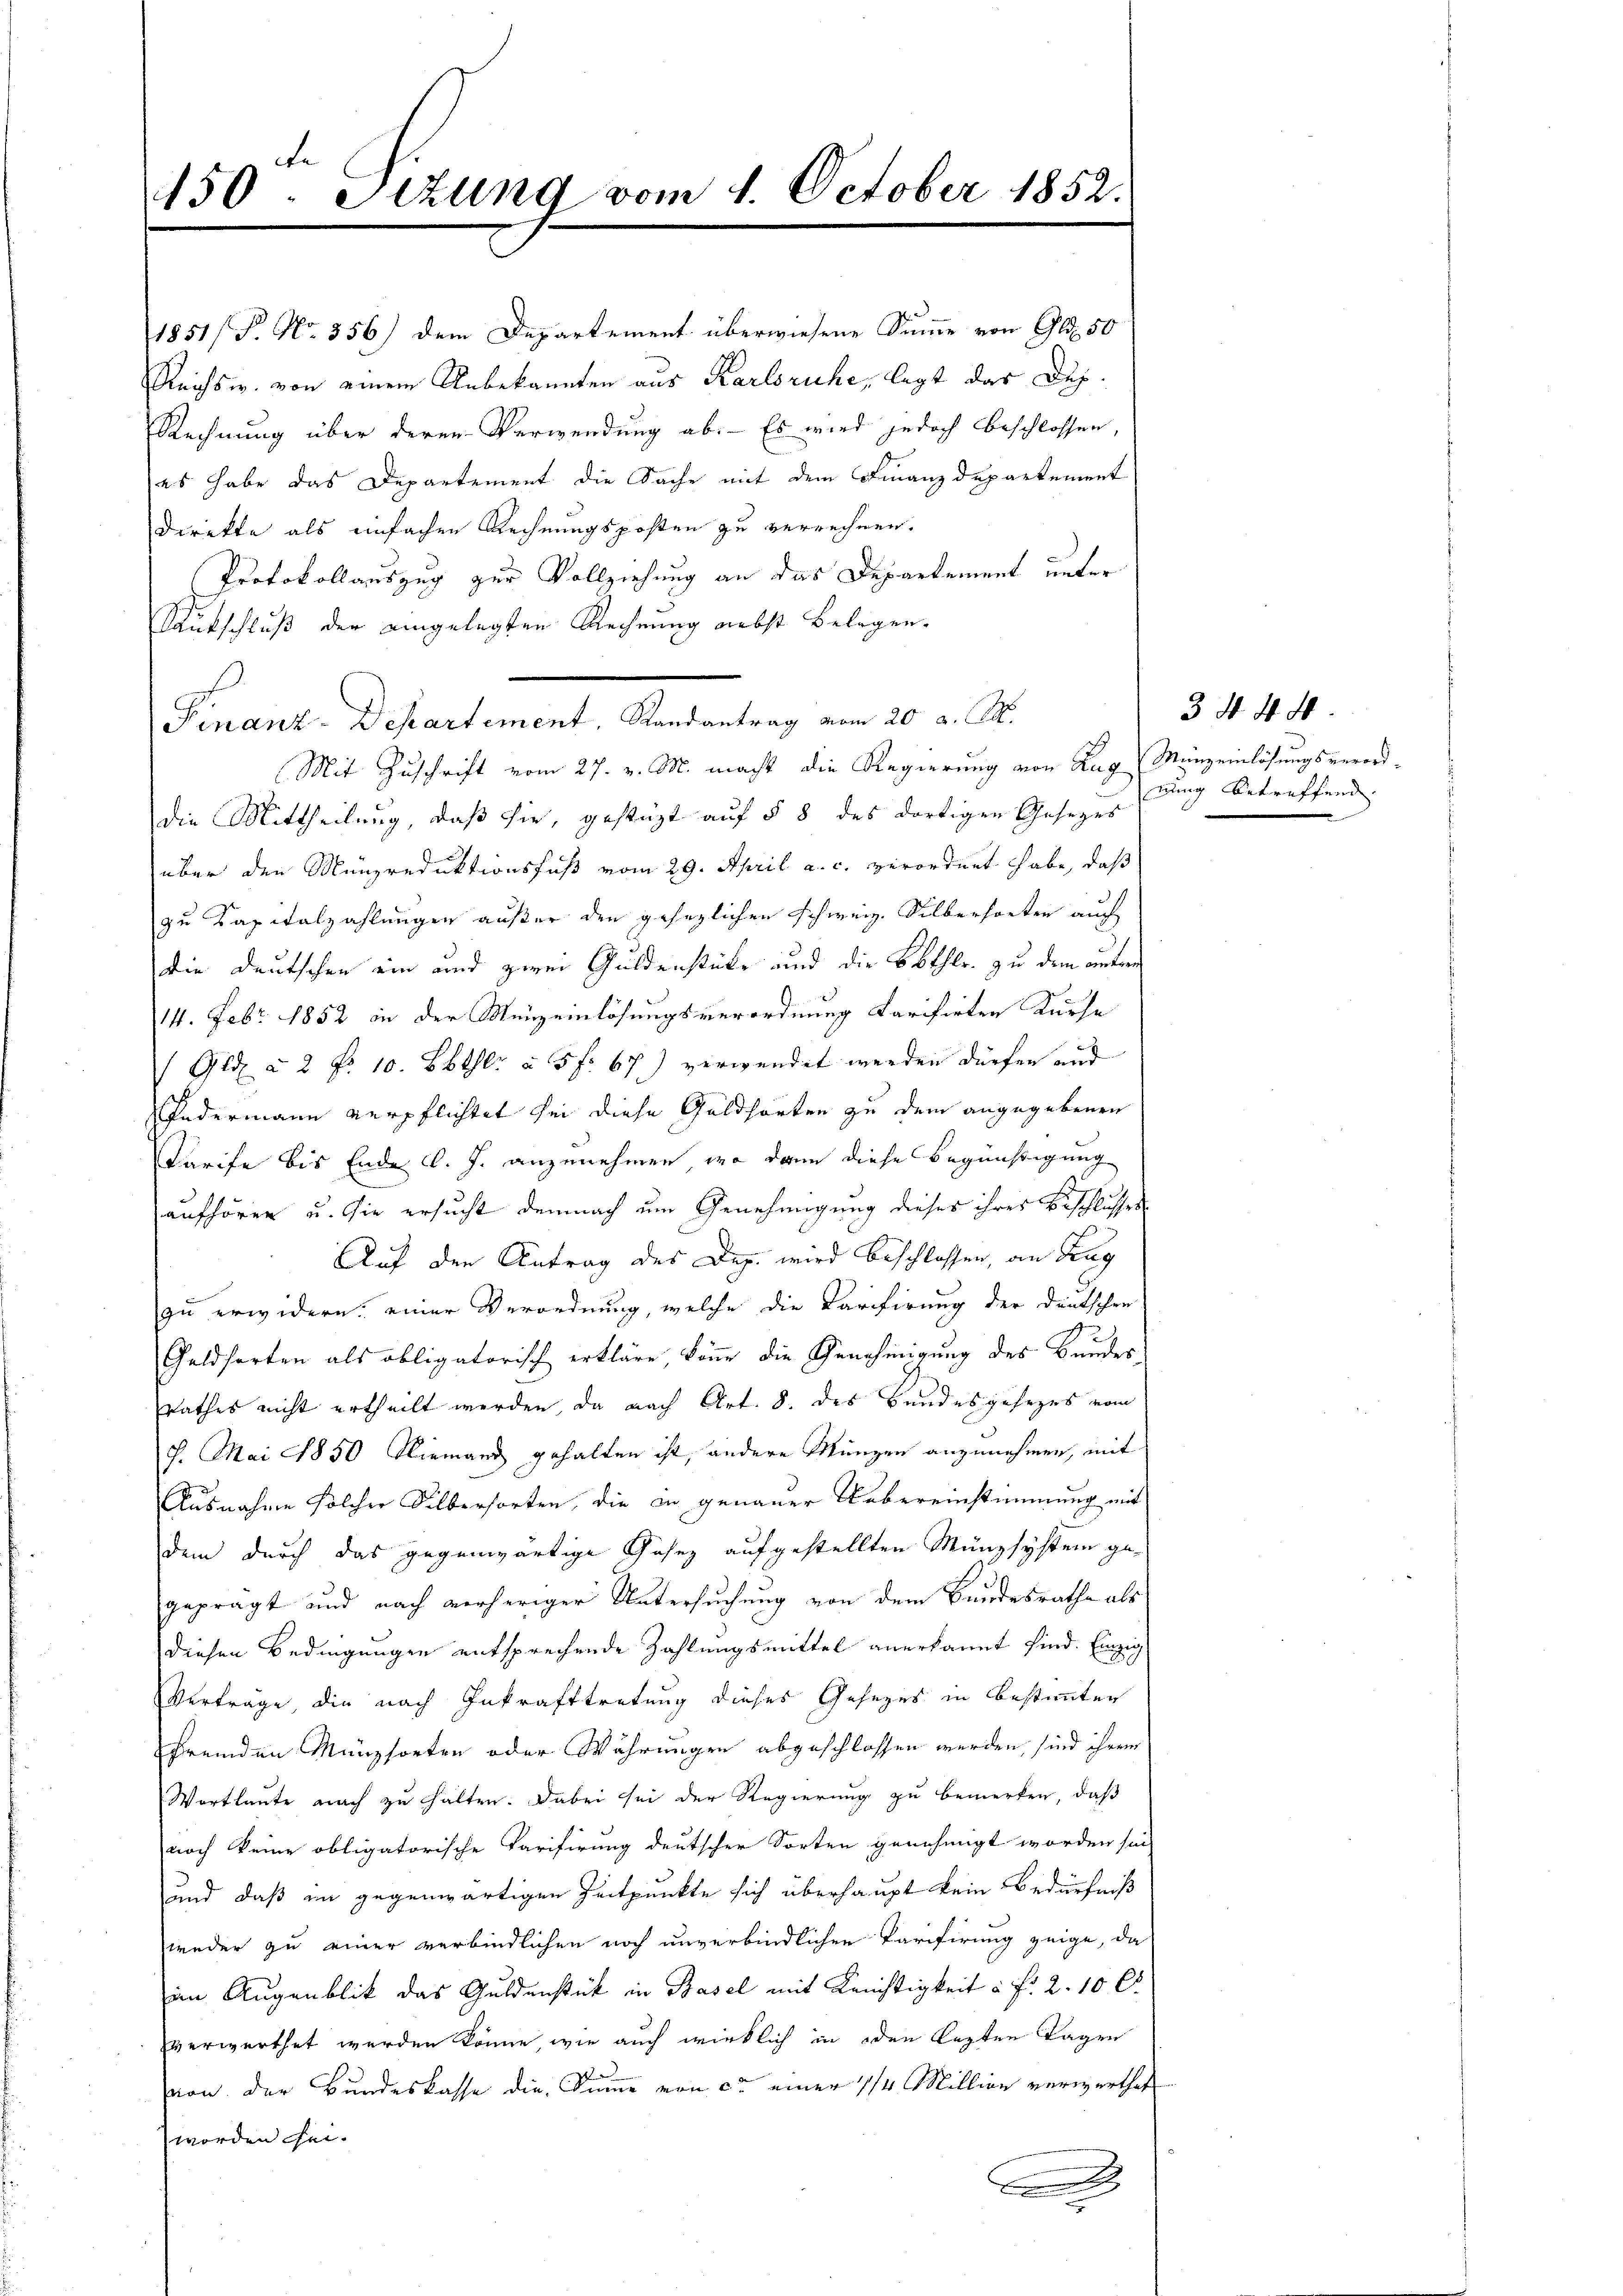
450. Situng vom 1. October 1852.

1851/B. No. 356) dem Departement überwiesene Summe von Gl. 50
Reichs w. von einem Unbekannten aus Karlsruhe, legt das Dup¬
Rechnung über deren Verwendung ab. Es wird jedoch beschlossen,
es habe das Departement die Sache mit dem Finanzdepartement
Direkte als einfachen Rechnungsposten zu verrechnen.
Protokollauszug zur Vollziehung an das Departement unter
Rautschluß der eingelegten Rechnung nebst Belegen.
Mit Zuschrift vom 27. v. M. macht die Regierung von Zug (Münzeinlösungsverorddie Mittheilung, daß sie, gestüzt auf § 8 des dortigen Gesezes
über den Münzreduktionsfuß vom 29. April a. c. verordnet habe, daß
zu Kapitalzahlungen außer den gesezlichen Schweiz. Silberhorten auch
die Deutschen ein und zwei Guldenstücke und die Bothlr. zu dem andern
14. Febr. 1852 in der Menzeinlösungsverordnung tarifirten Kurse
(Gld à 2 No 10. Bbthl. à 5 f. 67) verwendet werden dürfen und
Federmann verpflichtet sei diese Goldsorten zu dem angegebenen
Tarife bis Ende l. J. anzunehmen, wo dann diese Begünstigung
aufhören u. sie ersucht demnach um Genehmigung dieses ihres Beschlusses
Auf den Antrag des Dep. wird beschlossen, an Zug
zu erwidern: einer Verordnung, welche die Carifirung der deutschen
12
Geldsorten als obligatorisch erkläre könne die Genehmigung des Bundesrathes nicht ertheilt werden, da nach Art. 8. des Bundesgesezes vom
7. Mai 1850 Niemand gehalten ist, andere Münzen anzunehmen, mit
Ausnahme solcher Silbersorten, die in genauer Uebereinstimmung mit
dem durch das gegenwärtige Gesez aufgestellten Münzsystem gegeprägt und nach verheriger Untersuchung von dem Bundesrathe als
diesen Bedingungen entsprechende Zahlungsmittel anerkannt sind. Einzig
Verträge die nach Inkrafttretung dieses Gesezes in bestimmter
fremden Münzsorten oder Währungen abgeschlossen werden, sind ihrem
Wortlaute nach zu halten. Dabei sei der Regierung zu bemerken, daß
noch keine obligatorische Tarifirung deutscher Sorten genehmigt worden sein
und daß in gegenwärtigen Zeitpunkte sich überhaupt kein Bedürfniß
weder zu einer verbindlichen noch unverbindlichen Tarifirung zeige, da
im Augenblick das Guldenstück in Basel mit Krüchtigkeit à f. 210 C
verwerthet werden könne, wie auch wirklich in den lezten Tagen
von der Bundeskasse die Summe von ca einer 1/4 Million verwerthet
worden sei.
A
e

Finanz-Departement, Randantrag vom 20. d. M.

3 N. 44
nung betreffend